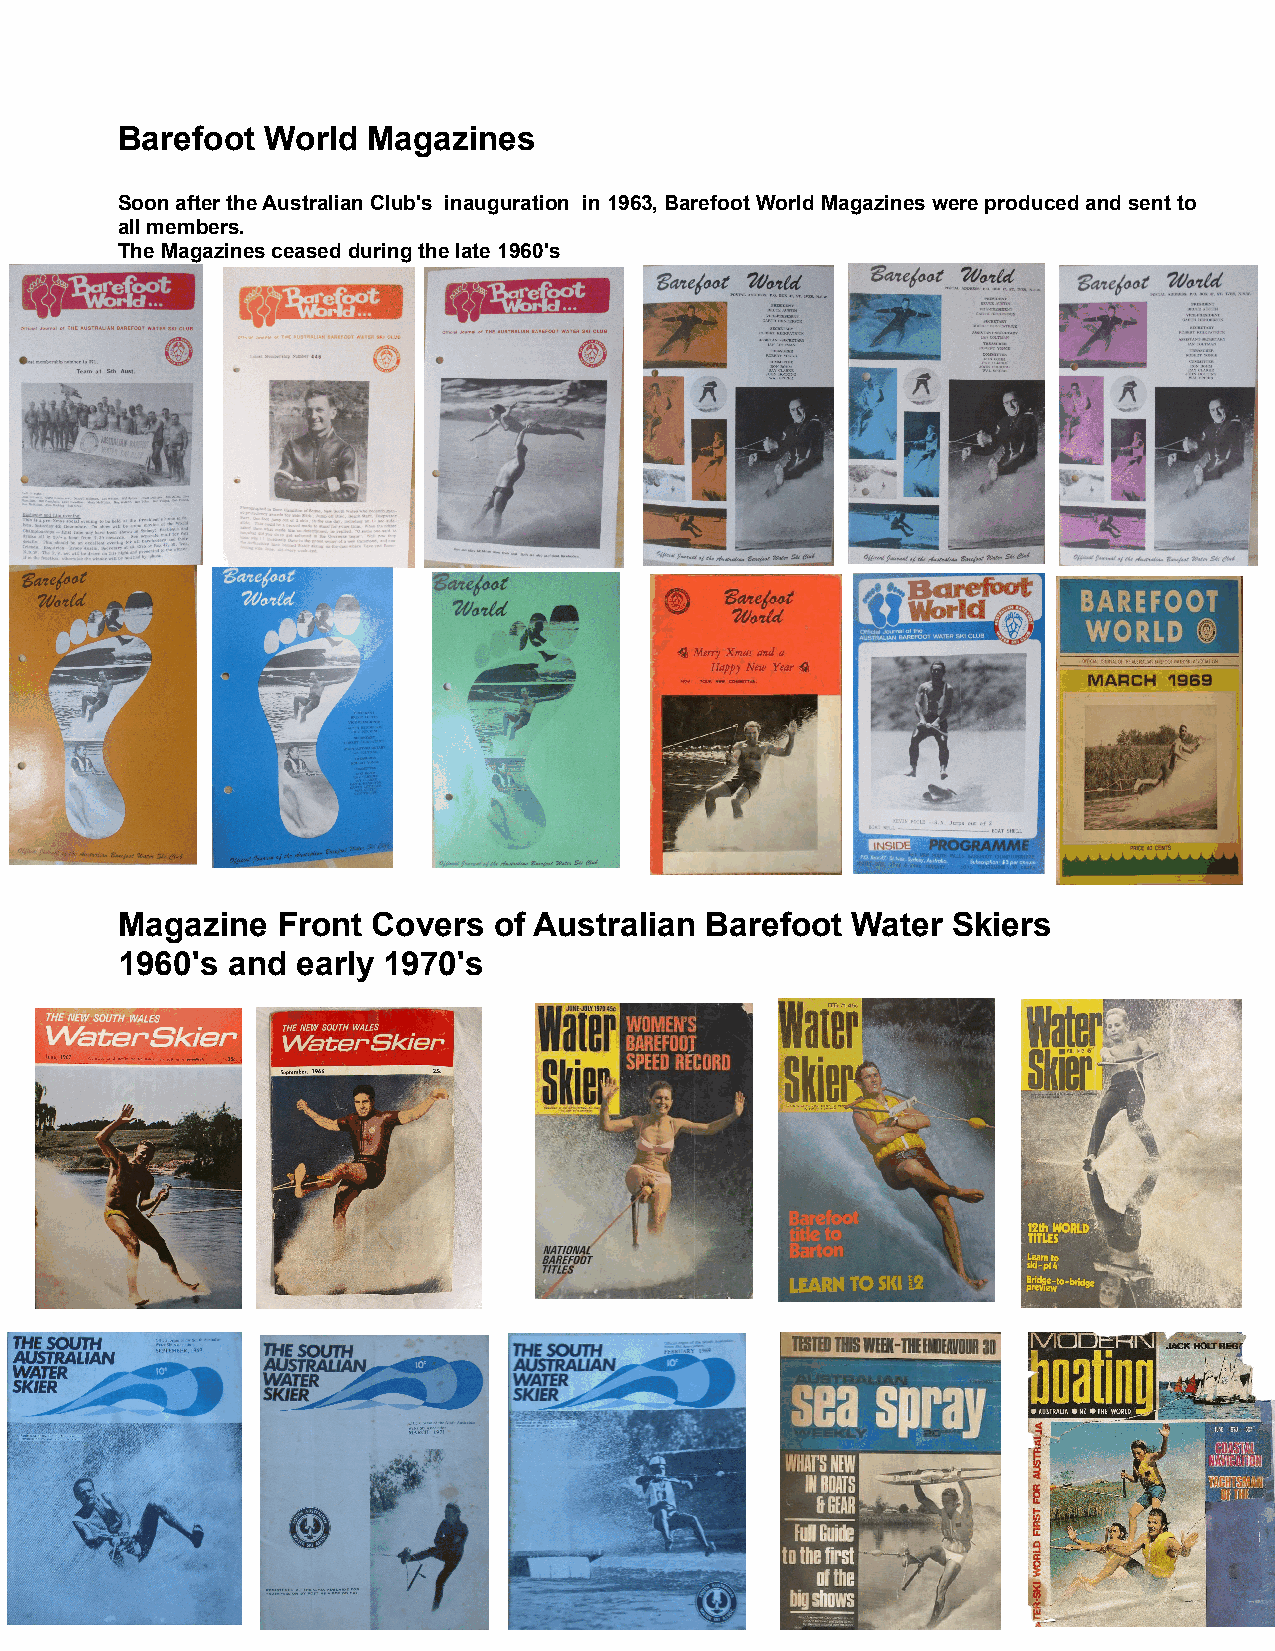
Barefoot  World Magazines
 Soon after the Australian Club's inauguration in 1963, Barefoot World Magazines were produced and sent to
 all members.
 The Magazines ceased during the late 1960's
 Magazine  Front  Covers  of Australian Barefoot Water  Skiers
 1960's and  early 1970's